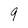
Character: 9